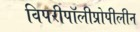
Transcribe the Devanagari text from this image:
विपरीपॉलीप्रोपीलीन